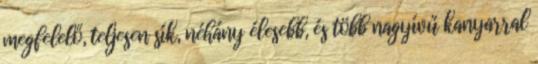
megfelelő, teljesen sík, néhány élesebb, és több nagyívű kanyarral